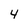
Character: 4